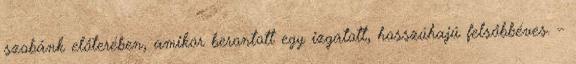
szobánk előterében, amikor berontott egy izgatott, hosszúhajú felsőbbéves. –